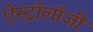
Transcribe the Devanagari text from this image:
ऐस्ट्रॉलॉजी